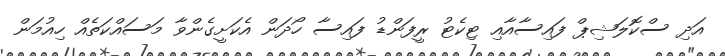
އަދި ސްކޮލަޝިޕް ފައިސާއާއި ޓިކެޓު ރީފަންޑު ފައިސާ ހޯދަން އެކަށީގެންވާ މަސައްކަތެއް ހިއުމަން